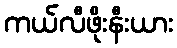
ကယ်လီဖိုးနီးယား